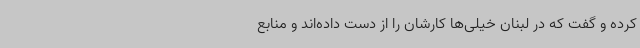
کرده و گفت که در لبنان خیلی‌ها کارشان را از دست داده‌اند و منابع